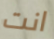
انت